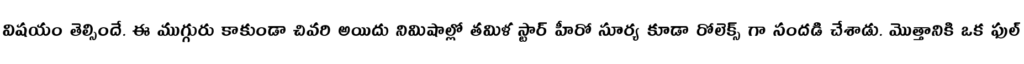
విషయం తెల్సిందే. ఈ ముగ్గురు కాకుండా చివరి అయిదు నిమిషాల్లో తమిళ స్టార్ హీరో సూర్య కూడా రోలెక్స్ గా సందడి చేశాడు. మొత్తానికి ఒక ఫుల్